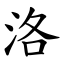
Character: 洛